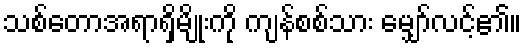
သစ်တောအရာရှိမျိုးကို ကျန်စစ်သား မျှော်လင့်၏။